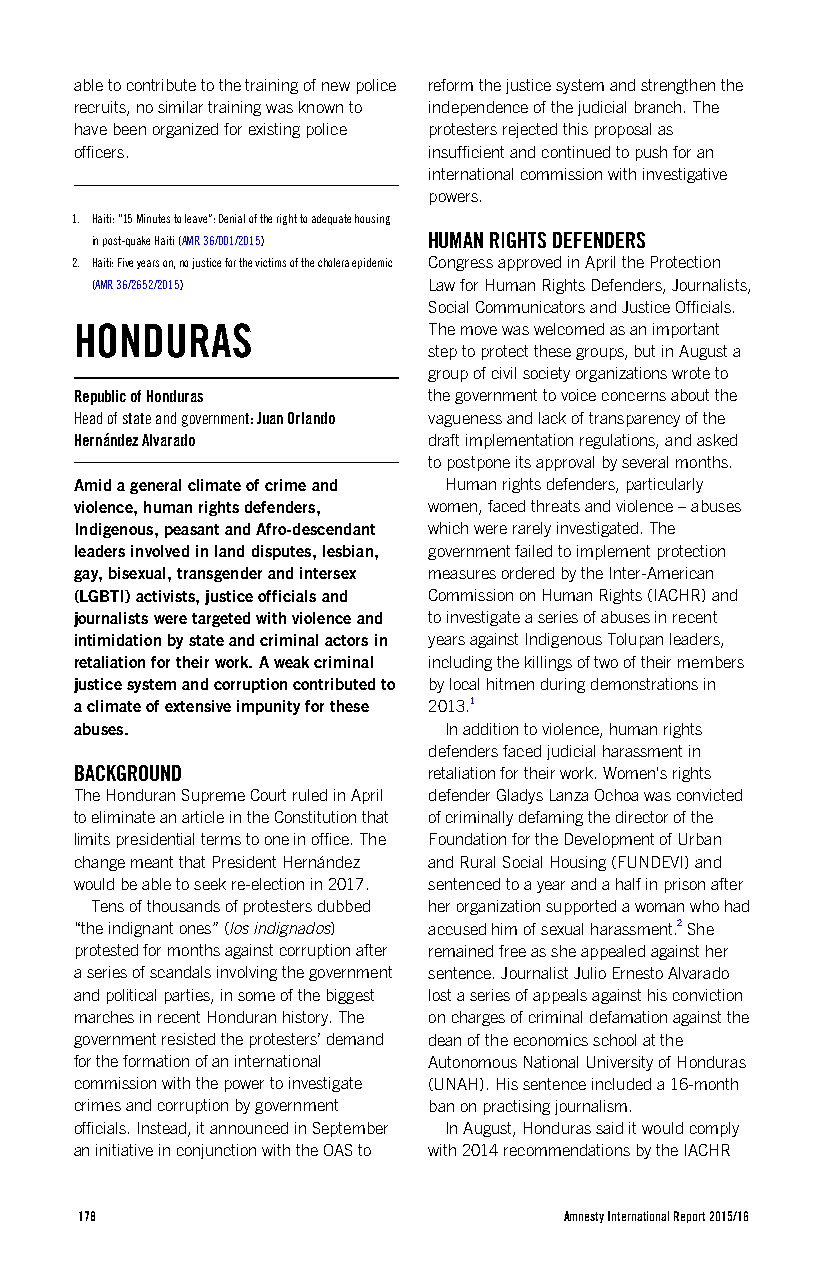
able to contribute to the training of new police reform the justice system and strengthen the
 recruits, no similar training was known to independence of the judicial branch. The
 have been organized for existing police protesters rejected this proposal as
 officers.              insufficient and continued to push for an
 international commission with investigative
 powers.
 1. Haiti: “15 Minutes to leave”: Denial of the right to adequate housing
 in post-quake Haiti (AMR 36/001/2015) HUMAN RIGHTS DEFENDERS
 2. Haiti: Five years on, no justice for the victims of the cholera epidemic Congress approved in April the Protection
 (AMR 36/2652/2015)    Law for Human Rights Defenders, Journalists,
 Social Communicators and Justice Officials.
 HONDURAS               The move was welcomed as an important
 step to protect these groups, but in August a
 group of civil society organizations wrote to
 Republic of Honduras   the government to voice concerns about the
 Head of state and government: Juan Orlando vagueness and lack of transparency of the
 Hernández Alvarado     draft implementation regulations, and asked
 to postpone its approval by several months.
 Amid a general climate of crime and Human rights defenders, particularly
 violence, human rights defenders, women, faced threats and violence – abuses
 Indigenous, peasant and Afro-descendant which were rarely investigated. The
 leaders involved in land disputes, lesbian, government failed to implement protection
 gay, bisexual, transgender and intersex measures ordered by the Inter-American
 (LGBTI) activists, justice officials and Commission on Human Rights (IACHR) and
 journalists were targeted with violence and to investigate a series of abuses in recent
 intimidation by state and criminal actors in years against Indigenous Tolupan leaders,
 retaliation for their work. A weak criminal including the killings of two of their members
 justice system and corruption contributed to by local hitmen during demonstrations in
 a climate of extensive impunity for these 2013.1
 abuses.                 In addition to violence, human rights
 defenders faced judicial harassment in
 BACKGROUND             retaliation for their work. Women's rights
 The Honduran Supreme Court ruled in April defender Gladys Lanza Ochoa was convicted
 to eliminate an article in the Constitution that of criminally defaming the director of the
 limits presidential terms to one in office. The Foundation for the Development of Urban
 change meant that President Hernández and Rural Social Housing (FUNDEVI) and
 would be able to seek re-election in 2017. sentenced to a year and a half in prison after
 Tens of thousands of protesters dubbed her organization supported a woman who had
 “the indignant ones” (los indignados) accused him of sexual harassment.2 She
 protested for months against corruption after remained free as she appealed against her
 a series of scandals involving the government sentence. Journalist Julio Ernesto Alvarado
 and political parties, in some of the biggest lost a series of appeals against his conviction
 marches in recent Honduran history. The on charges of criminal defamation against the
 government resisted the protesters’ demand dean of the economics school at the
 for the formation of an international Autonomous National University of Honduras
 commission with the power to investigate (UNAH). His sentence included a 16-month
 crimes and corruption by government ban on practising journalism.
 officials. Instead, it announced in September In August, Honduras said it would comply
 an initiative in conjunction with the OAS to with 2014 recommendations by the IACHR
 178                             Amnesty International Report 2015/16